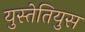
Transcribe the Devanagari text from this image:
युस्तेतियुस